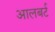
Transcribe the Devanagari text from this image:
आलबर्ट